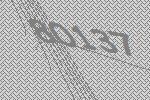
80137